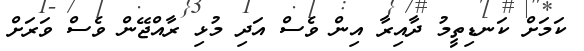
ކަމަށް ކަނޑިތީމު ދާއިރާ އިން ވެސް އަދި މުޅި ރާއްޖޭން ވެސް ވަރަށް